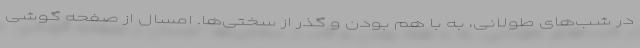
در شب‌های طولانی، به با هم بودن و گذر از سختی‌ها. امسال از صفحه گوشی